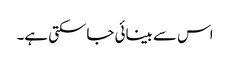
اس سے بینائی جاسکتی ہے۔